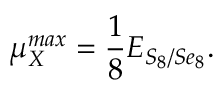
\mu _ { X } ^ { m a x } = \frac { 1 } { 8 } E _ { S _ { 8 } / S e _ { 8 } } .